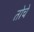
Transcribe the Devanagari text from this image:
तोचे